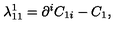
\lambda _ { 1 1 } ^ { 1 } = \partial ^ { i } C _ { 1 i } - C _ { 1 } ,